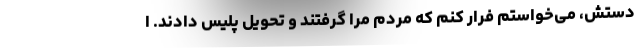
دستش، می‌خواستم فرار کنم که مردم مرا گرفتند و تحویل پلیس دادند. ا